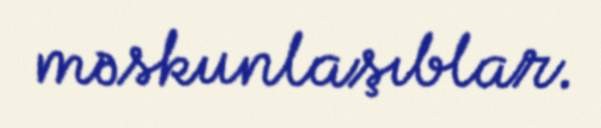
məskunlaşıblar.